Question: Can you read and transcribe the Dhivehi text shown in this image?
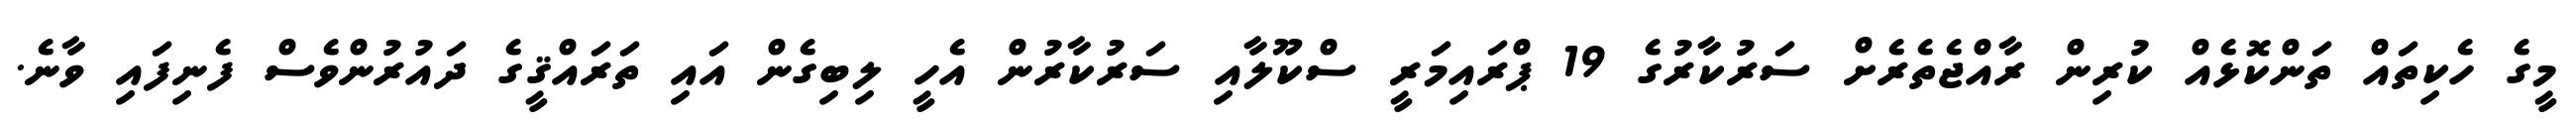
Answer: މީގެ ހެކިތައް ތަންކޮޅެއް ކުރިން ރާއްޖެތެރެށް ސަރުކާރުގެ 19 ޕްރައިމަރީ ސްކޫލާއި ސަރުކާރުން އެހީ ލިބިގެން އައި ތަރައްޤީގެ ދައުރުންވެސް ފެނިފައި ވާނެ.